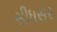
સીધસર